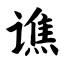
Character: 谯